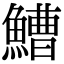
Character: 鰽